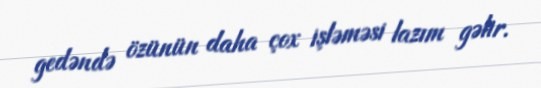
gedəndə özünün daha çox işləməsi lazım gəlir.